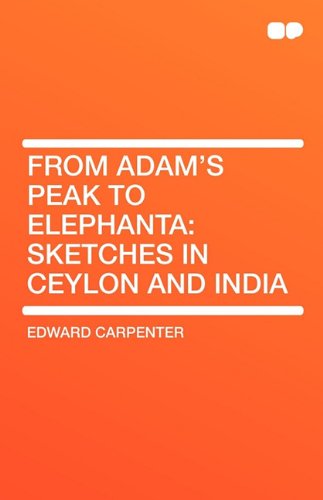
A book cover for From Adam's Peak to Elephanta: Sketches in Ceylon and India; Edward Carpenter; Travel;